Civil Veterinary Department Bihar & Orissa reports 1929-36 - 1929-1936
Year: 1929
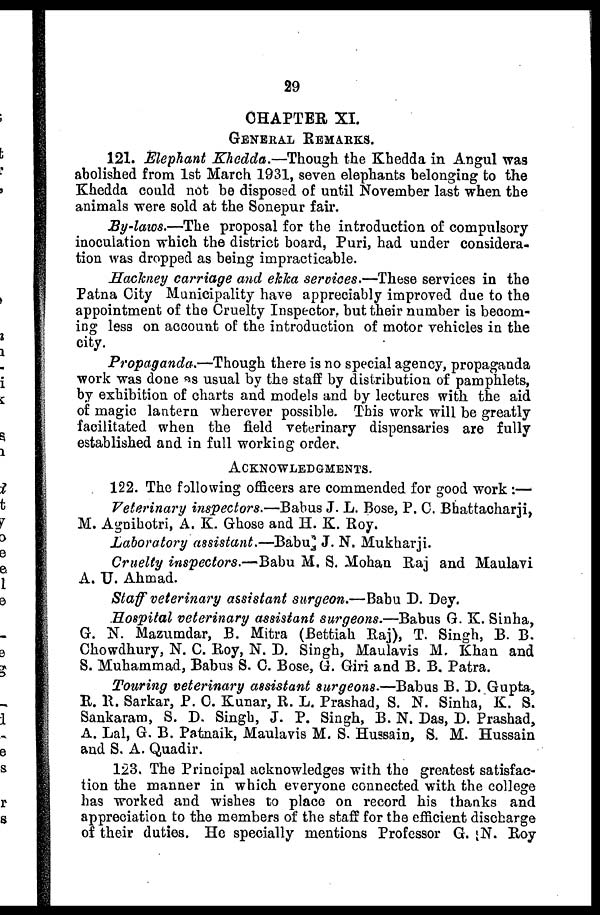
29
CHAPTER XI.
GENERAL REMARKS.
121. Elephant Khedda.—Though the Khedda in Angul was
abolished from 1st March 1931, seven elephants belonging to the
Khedda could not be disposed of until November last when the
animals were sold at the Sonepur fair.
By-laws.—The proposal for the introduction of compulsory
inoculation which the district board, Puri, had under considera-
tion was dropped as being impracticable.
Hackney carriage and ekka services.—These services in the
Patna City Municipality have appreciably improved due to the
appointment of the Cruelty Inspector, but their number is becom-
ing less on account of the introduction of motor vehicles in the
city.
Propaganda.—Though there is no special agency, propaganda
work was done as usual by the staff by distribution of pamphlets,
by exhibition of charts and models and by lectures with the aid
of magic lantern wherever possible. This work will be greatly
facilitated when the field veterinary dispensaries are fully
established and in full working order.
ACKNOWLEDGMENTS.
122. The following officers are commended for good work :—
Veterinary inspectors.—Babus J. L. Bose, P. C. Bhattacharji,
M. Agnihotri, A. K. Ghose and H. K. Roy.
Laboratory assistant.—Babu J. N. Mukharji.
Cruelty inspectors.—Babu M. S. Mohan Raj and Maulavi
A. U. Ahmad.
Staff veterinary assistant surgeon.—Babu D. Dey.
Hospital veterinary assistant surgeons.—Babus G. K. Sinha,
G. N. Mazumdar, B. Mitra (Bettiah Raj), T. Singh, B. B.
Chowdhury, N. C. Roy, N. D. Singh, Maulavis M, Khan and
S. Muhammad, Babus S. C. Bose, G. Giri and B. B. Patra.
Touring veterinary assistant surgeons.—Babus B. D. Gupta,
R. R. Sarkar, P. C. Kunar, R. L. Prashad, S. N. Sinha, K. S.
Sankaram, S. D. Singh, J. P. Singh, B. N. Das, D. Prashad,
A. Lal, G. B. Patnaik, Maulavis M. S. Hussain, S. M. Hussain
and S. A. Quadir.
123. The Principal acknowledges with the greatest satisfac-
tion the manner in which everyone connected with the college
has worked and wishes to place on record his thanks and
appreciation to the members of the staff for the efficient discharge
of their duties. He specially mentions Professor G. N. Roy